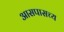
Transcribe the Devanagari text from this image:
आसपासच्य